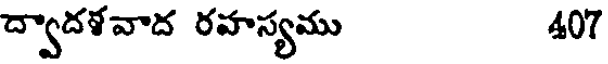
ద్వాదళవాద రహస్యము 407